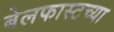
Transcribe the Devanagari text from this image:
बेलफास्टच्या